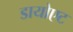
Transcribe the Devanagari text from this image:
डायोएट